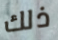
ذلك